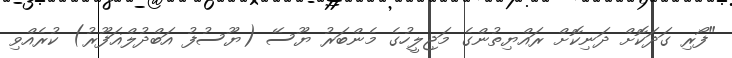
"ފޯރި ގަދަކޮށް ދަނިކޮށް ރައްޔިތުންގެ މަޖިލީހުގެ މެންބަރު ޔޫސޭ (ޔޫސުފު އަބްދުލްޣަފޫރު) ކުރެއްވި